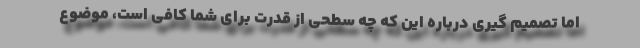
اما تصمیم گیری درباره این که چه سطحی از قدرت برای شما کافی است، موضوع